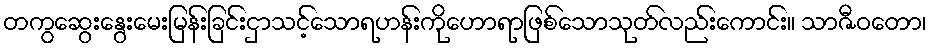
တကွဆွေးနွေးမေးမြန်းခြင်းငှာသင့်သောရဟန်းကိုဟောရာဖြစ်သောသုတ်လည်းကောင်း။ သာဇီဝတော၊